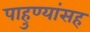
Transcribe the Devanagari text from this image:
पाहुण्यांसह